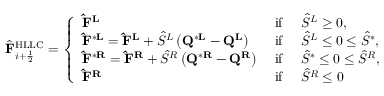
\hat { \mathbf { F } } _ { i + \frac { 1 } { 2 } } ^ { \mathrm { H L L C } } = \left\{ \begin{array} { l l } { \mathbf { \hat { F } } ^ { \mathbf { L } } } & { \mathrm { ~ i f ~ } \quad \hat { S } ^ { L } \geq 0 , } \\ { \mathbf { \hat { F } } ^ { * \mathbf { L } } = \mathbf { \hat { F } } ^ { \mathbf { L } } + \hat { S } ^ { L } \left( \mathbf { Q } ^ { * \mathbf { L } } - \mathbf { Q } ^ { \mathbf { L } } \right) } & { \mathrm { ~ i f ~ } \quad \hat { S } ^ { L } \leq 0 \leq \hat { S } ^ { * } , } \\ { \mathbf { \hat { F } } ^ { * \mathbf { R } } = \mathbf { \hat { F } } ^ { \mathbf { R } } + \hat { S } ^ { R } \left( \mathbf { Q } ^ { * \mathbf { R } } - \mathbf { Q } ^ { \mathbf { R } } \right) } & { \mathrm { ~ i f ~ } \quad \hat { S } ^ { * } \leq 0 \leq \hat { S } ^ { R } , } \\ { \mathbf { \hat { F } } ^ { \mathbf { R } } } & { \mathrm { ~ i f ~ } \quad \hat { S } ^ { R } \leq 0 } \end{array} \right.